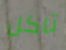
تاكل